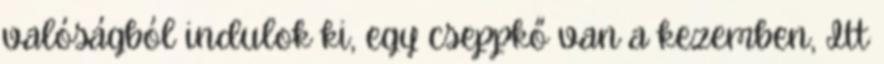
valóságból indulok ki, egy cseppkő van a kezemben, Itt